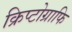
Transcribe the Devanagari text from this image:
क्रिप्टोग्राफि